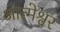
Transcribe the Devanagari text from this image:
आत्मेश्वर